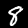
Label: 8